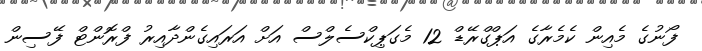
ފޯނުގެ މެއިން ކެމެރާގެ އަޕްގްރޭޑް 12 މެގަޕިކްސެލްސް އަށް އަރައިގެންދާއިރު ފްރޮންޓް ފޭސިން